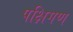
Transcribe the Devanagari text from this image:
पक्षिगण